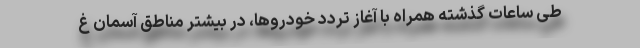
طی ساعات گذشته همراه با آغاز تردد خودروها، در بیشتر مناطق آسمان غ